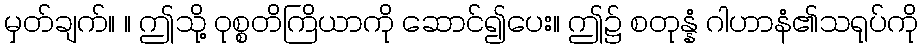
မှတ်ချက်။ ။ ဤသို့ ဝုစ္စတိကြိယာကို ဆောင်၍ပေး။ ဤ၌ စတုန္နံ ဂါဟာနံ၏သရုပ်ကို